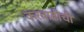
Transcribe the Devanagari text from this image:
करवाढीची